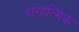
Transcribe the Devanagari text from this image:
रागात्मिक